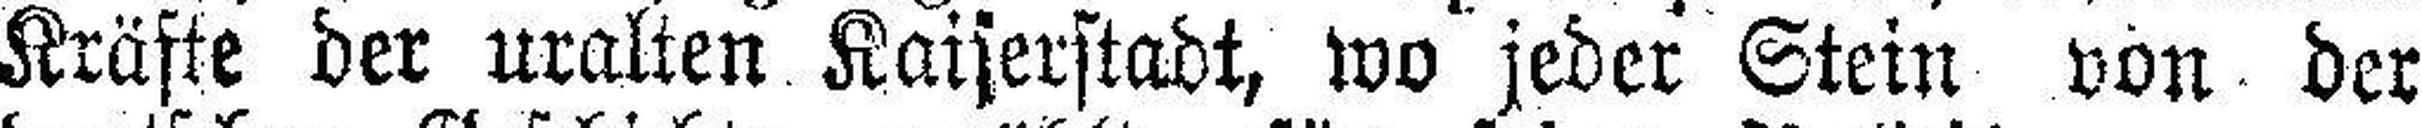
Kräfte der uralten Kaiserstadt, wo jeder Stein von der